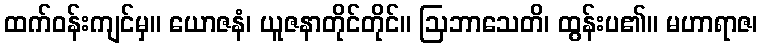
ထက်ဝန်းကျင်မှ။ ယောဇနံ၊ ယူဇနာတိုင်တိုင်။ ဩဘာသေတိ၊ ထွန်းပ၏။ မဟာရာဇ၊